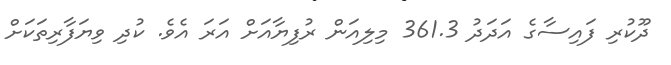
ދޫކުރި ފައިސާގެ އަދަދު 361.3 މިލިއަން ރުފިޔާއަށް އަރަ އެވެ. ކުދި ވިޔަފާރިތަކަށް